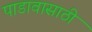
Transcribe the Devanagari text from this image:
पाडावासाठी